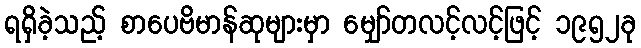
ရရှိခဲ့သည့် စာပေဗိမာန်ဆုများမှာ မျှော်တလင့်လင့်ဖြင့် ၁၉၅၂ခု